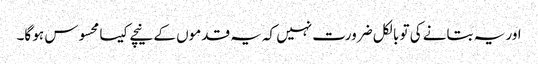
اور یہ بتانے کی تو بالکل ضرورت نہیں کہ یہ قدموں کے نیچے کیسا محسوس ہو گا۔